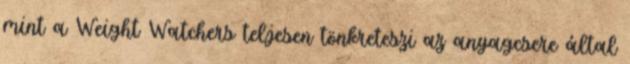
mint a Weight Watchers teljesen tönkreteszi az anyagcsere által